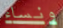
ونساء